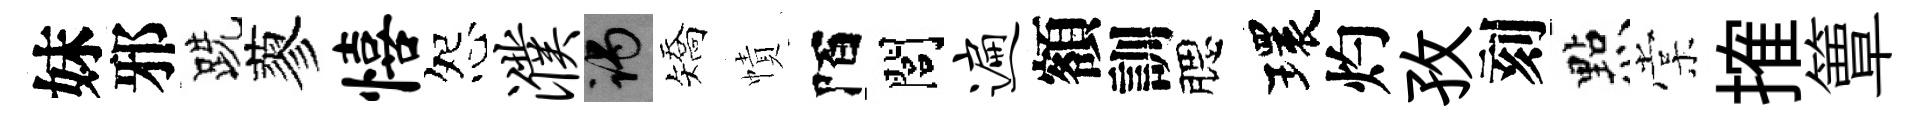
妹邪跣蓼僖怨濮谒矯幘陌閭遍額訓腮環灼孜刻㸃棠搉簟